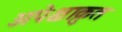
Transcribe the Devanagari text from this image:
अपेक्षाक्रुत